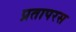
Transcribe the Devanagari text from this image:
प्रतापरस